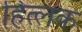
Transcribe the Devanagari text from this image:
हित्लक